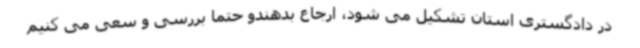
در دادگستری استان تشکیل می شود، ارجاع بدهندو حتما بررسی و سعی می کنیم